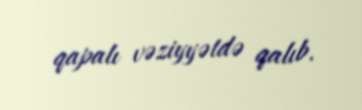
qapalı vəziyyətdə qalıb.